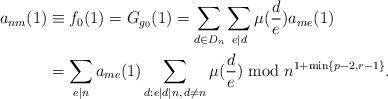
LaTeX: \begin{align*}a_{nm}(1) &\equiv f_0(1) = G_{g_0}(1) =\sum_{d\in D_n} \sum_{e \mid d} \mu(\frac{d}{e}) a_{me}(1) \\&=\sum_{e \mid n} a_{me}(1) \sum_{d: e\mid d \mid n, \, d \neq n}\mu(\frac{d}{e}) \bmod n^{1+\min \{ p-2,r-1\}}.\end{align*}